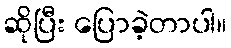
ဆိုပြီး ပြောခဲ့တာပါ။